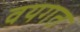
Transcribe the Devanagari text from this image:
वयगत